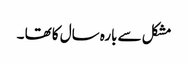
مشکل سے بارہ سال کا تھا ۔